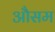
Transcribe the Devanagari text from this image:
औसम